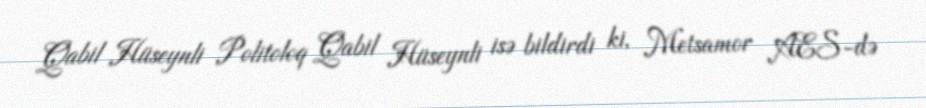
Qabil Hüseynli Politoloq Qabil Hüseynli isə bildirdi ki, Metsamor AES-də